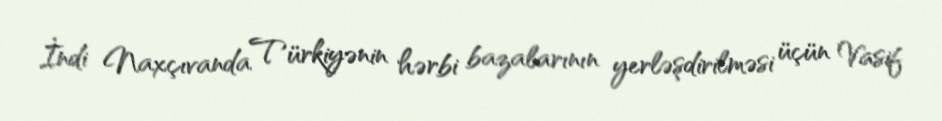
İndi Naxçıvanda Türkiyənin hərbi bazalarının yerləşdirilməsi üçün Vasif